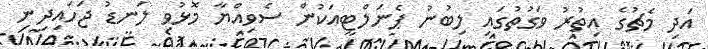
އަދި މެޗުގެ އިތުރު ވަގުތުގައި ލިބުނު ޕެނަލްޓީއަކުން ސެވިއްޔާ މޮޅުވި ލަނޑު ޖަހައިދިނި